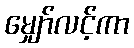
မျှော်လင့်ကာ